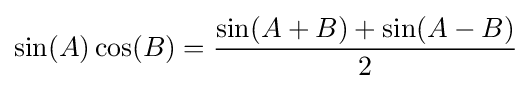
\sin(A)\cos(B)={\frac {\sin(A+B)+\sin(A-B)}{2}}